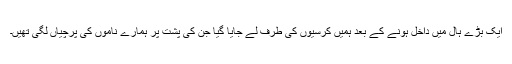
ایک بڑے ہال میں داخل ہونے کے بعد ہمیں کرسیوں کی طرف لے جایا گیا جن کی پشت پر ہمارے ناموں کی پرچیاں لگی تھیں۔